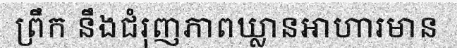
ព្រឹក នឹងជំរុញភាពឃ្លានអាហារមាន